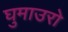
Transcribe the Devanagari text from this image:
घुमाउरो